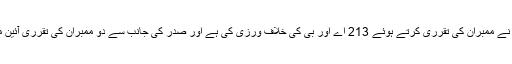
اس جواب میں مزید کہا گیا ہے کہ صدر مملکت نے ممبران کی تقرری کرتے ہوئے 213 اے اور بی کی خلاف ورزی کی ہے اور صدر کی جانب سے دو ممبران کی تقرری آئین میں دیے گئے طریقۂ کار کی خلاف ورزی ہے۔